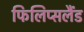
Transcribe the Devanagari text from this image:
फिलिप्सलैंड